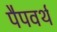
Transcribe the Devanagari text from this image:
पैपवर्थ